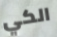
الكي